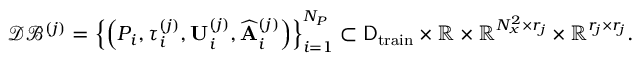
\mathcal { D B } ^ { ( j ) } = \left\{ \left( P _ { i } , \tau _ { i } ^ { ( j ) } , \mathbf { U } _ { i } ^ { ( j ) } , \widehat { \mathbf { A } } _ { i } ^ { ( j ) } \right) \right\} _ { i = 1 } ^ { N _ { P } } \subset \mathsf { D } _ { \mathrm { t r a i n } } \times \mathbb { R } \times \mathbb { R } ^ { N _ { x } ^ { 2 } \times r _ { j } } \times \mathbb { R } ^ { r _ { j } \times r _ { j } } .